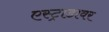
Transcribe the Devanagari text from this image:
एस्ट्राडावर